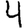
Digit: 4